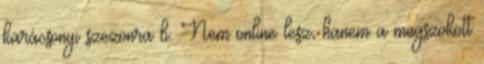
karácsonyi szezonra b. Nem online lesz, hanem a megszokott